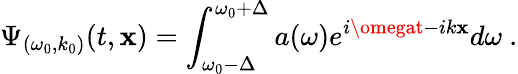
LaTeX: \Psi_{(\omega_{0},k_{0})}(t,\mathbf{x})=\int_{\omega_{0}-\Delta}^{\omega_{0}+\Delta}a(\omega)e^{i\omegat-ik\mathbf{x}}d\omega~.